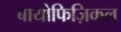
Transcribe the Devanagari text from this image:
बायोफिज़िकल